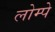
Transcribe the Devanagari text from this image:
लोम्पे